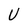
Character: U